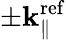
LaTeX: \pm{\mathbf k}_{\parallel}^{\mathrm{ref}}